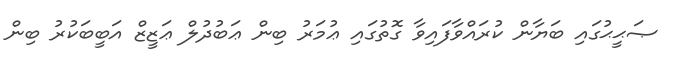
ޞަޙީޙުގައި ބަޔާން ކުރައްވާފައިވާ ގޮތުގައި ޢުމަރު ބިން ޢަބުދުލް ޢަޒީޒް އަބީބަކުރު ބިން